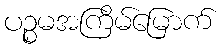
ပဉ္စမအကြိမ်မြောက်